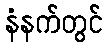
နံနက်တွင်